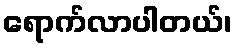
ရောက်လာပါတယ်၊